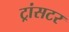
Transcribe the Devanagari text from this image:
ट्रांसटर